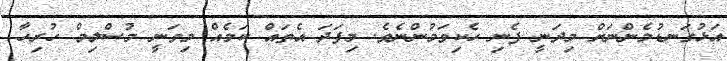
އަޅުގަނޑުމެންނަށް މިދަނީ ފެނި ހެކިވަމުންނެވެ. މިފަދަ އެތައް ކަމެއް މިވަނީ މުސްލިމް ހުރިހާ